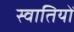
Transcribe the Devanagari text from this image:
स्वातियों